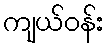
ကျယ်ဝန်း